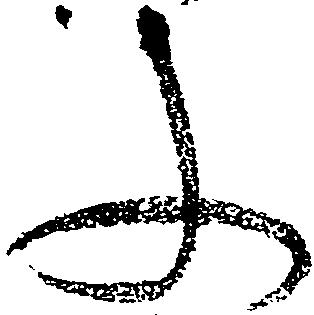
文